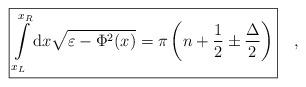
LaTeX: \begin{align*}\fbox{$\displaystyle\int\limits_{x_{L}}^{x_{R}}{\rm d}x\sqrt{\varepsilon -\Phi ^2(x)}=\pi\left(n+\frac{1}{2}\pm\frac{\Delta }{2}\right)$}\quad ,\end{align*}